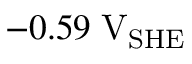
- 0 . 5 9 \; \mathrm { V } _ { \mathrm { S H E } }